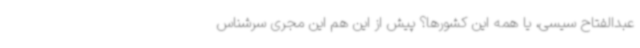
عبدالفتاح سیسی، یا همه این کشورها؟ پیش از این هم این مجری سرشناس